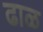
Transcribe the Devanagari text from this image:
ढाळ